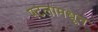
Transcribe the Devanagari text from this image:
पटलामधून